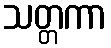
သတ္တကာ